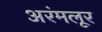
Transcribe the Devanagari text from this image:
अरंमलूर